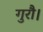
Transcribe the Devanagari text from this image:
गुरौ।